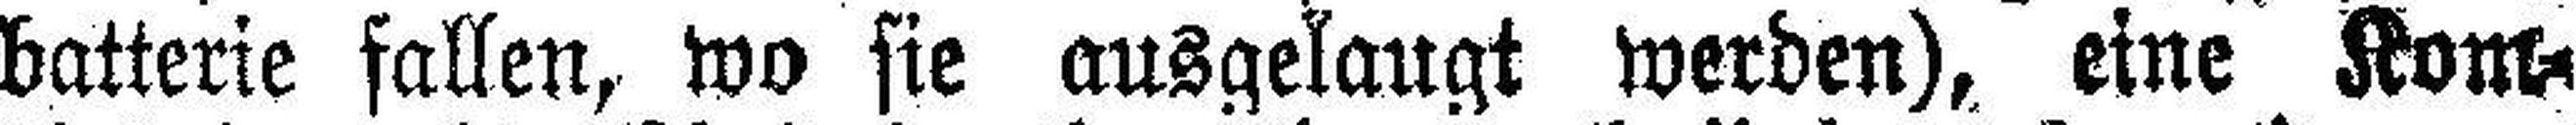
batterie fallen, wo sie ausgelaugt werden), eine Kom¬